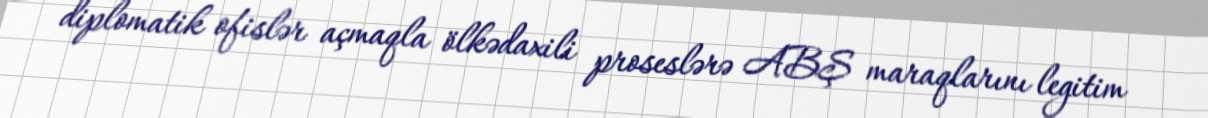
diplomatik ofislər açmaqla ölkədaxili proseslərə ABŞ maraqlarını legitim